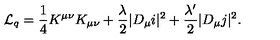
{ \cal L } _ { \sc q } = \frac { 1 } { 4 } K ^ { \mu \nu } K _ { \mu \nu } + \frac { \lambda } { 2 } | D _ { \mu } i | ^ { 2 } + \frac { \lambda ^ { \prime } } { 2 } | D _ { \mu } j | ^ { 2 } .